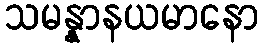
သမန္နာနယမာနော